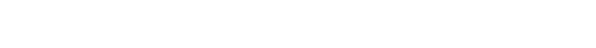
ဆေးဆရာတို့ မှတ်သားဖွယ်ရာ၊ သံဝေဂဖြစ်ဖွယ်ရာ စက္ခုပါလ မထေရ်ဝတ္ထု၊